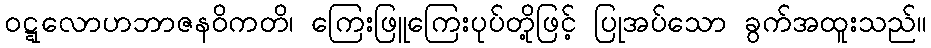
ဝဋ္ဋလောဟဘာဇနဝိကတိ၊ ကြေးဖြူကြေးပုပ်တို့ဖြင့် ပြုအပ်သော ခွက်အထူးသည်။